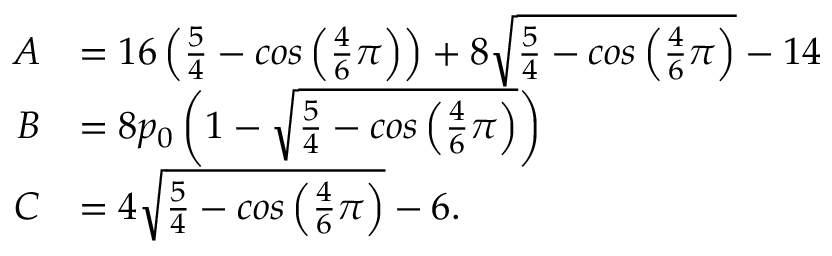
\begin{array} { r l } { A } & { = 1 6 \left( \frac { 5 } { 4 } - c o s \left( \frac { 4 } { 6 } \pi \right) \right) + 8 \sqrt { \frac { 5 } { 4 } - c o s \left( \frac { 4 } { 6 } \pi \right) } - 1 4 } \\ { B } & { = 8 p _ { 0 } \left( 1 - \sqrt { \frac { 5 } { 4 } - c o s \left( \frac { 4 } { 6 } \pi \right) } \right) } \\ { C } & { = 4 \sqrt { \frac { 5 } { 4 } - c o s \left( \frac { 4 } { 6 } \pi \right) } - 6 . } \end{array}